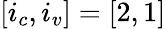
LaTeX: [i_{c},i_{v}]=[2,1]